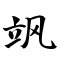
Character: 飒